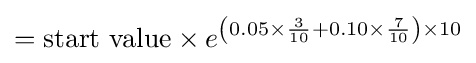
={\text{start value}}\times e^{\left(0.05\times {\frac {3}{10}}+0.10\times {\frac {7}{10}}\right)\times 10}